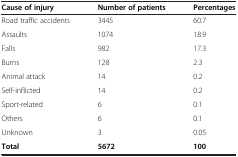
| Cause of injury | Number of patients | Percentages |
 | --- | --- | --- |
 | Road traffic accidents | 3445 | 60.7 |
 | Assaults | 1074 | 18.9 |
 | Falls | 982 | 17.3 |
 | Burns | 128 | 2.3 |
 | Animal attack | 14 | 0.2 |
 | Self-inflicted | 14 | 0.2 |
 | Sport-related | 6 | 0.1 |
 | Others | 6 | 0.1 |
 | Unknown | 3 | 0.05 |
 | Total | 5672 | 100 |